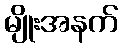
မျိုးအနက်